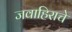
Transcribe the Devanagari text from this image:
जवाहिराचे